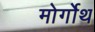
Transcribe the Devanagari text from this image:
मोर्गोथ